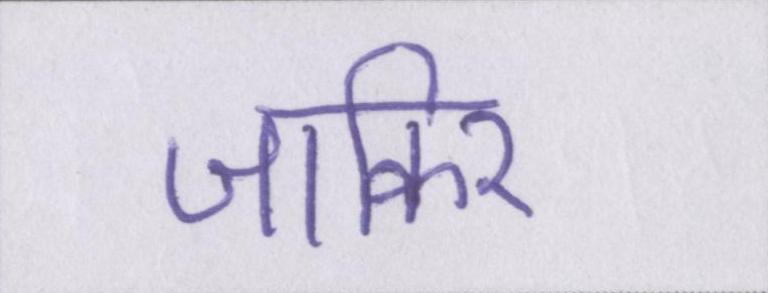
जाकिर